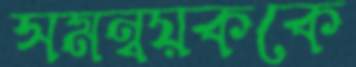
সমন্বয়ককে